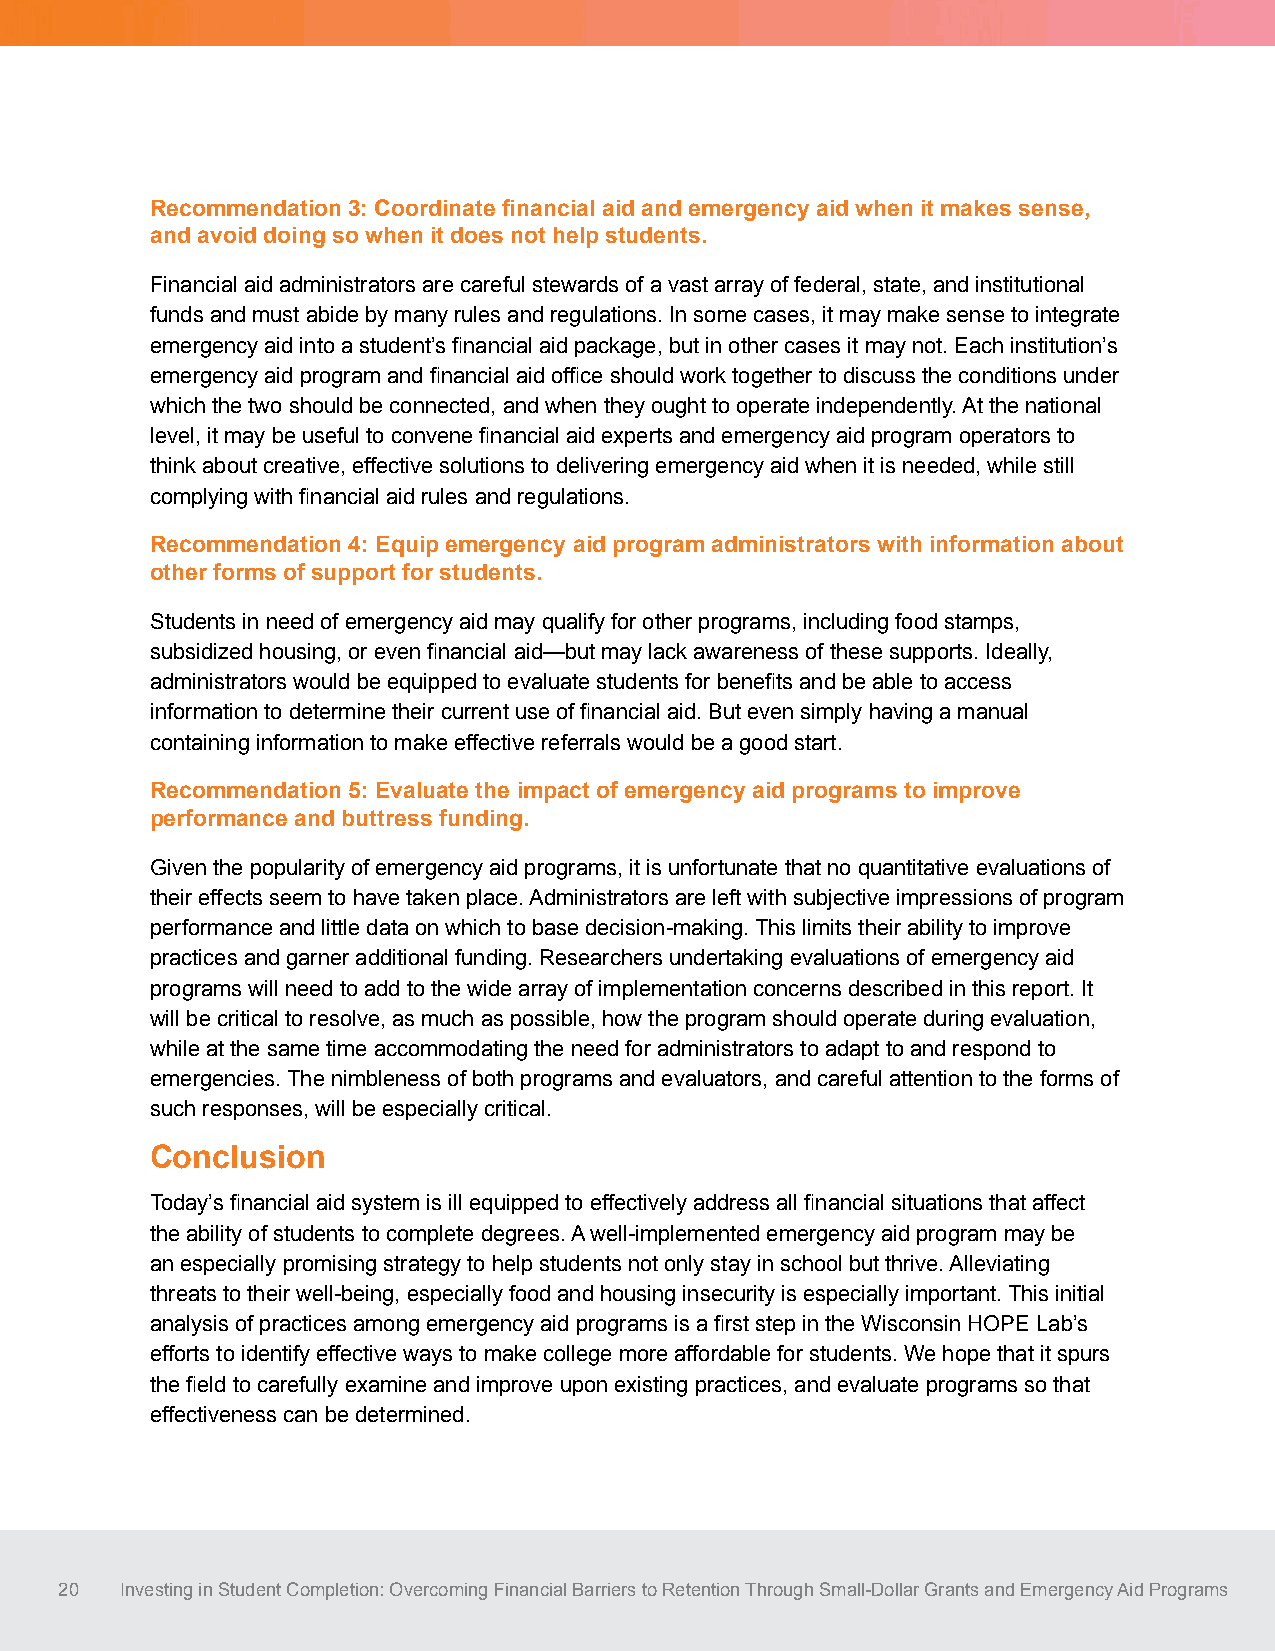
Recommendation 3: Coordinate financial aid and emergency aid when it makes sense,
 and avoid doing so when it does not help students.
 Financial aid administrators are careful stewards of a vast array of federal, state, and institutional
 funds and must abide by many rules and regulations. In some cases, it may make sense to integrate
 emergency aid into a student’s financial aid package, but in other cases it may not. Each institution’s
 emergency aid program and financial aid office should work together to discuss the conditions under
 which the two should be connected, and when they ought to operate independently. At the national
 level, it may be useful to convene financial aid experts and emergency aid program operators to
 think about creative, effective solutions to delivering emergency aid when it is needed, while still
 complying with financial aid rules and regulations.
 Recommendation 4: Equip emergency aid program administrators with information about
 other forms of support for students.
 Students in need of emergency aid may qualify for other programs, including food stamps,
 subsidized housing, or even financial aid—but may lack awareness of these supports. Ideally,
 administrators would be equipped to evaluate students for benefits and be able to access
 information to determine their current use of financial aid. But even simply having a manual
 containing information to make effective referrals would be a good start.
 Recommendation 5: Evaluate the impact of emergency aid programs to improve
 performance and buttress funding.
 Given the popularity of emergency aid programs, it is unfortunate that no quantitative evaluations of
 their effects seem to have taken place. Administrators are left with subjective impressions of program
 performance and little data on which to base decision-making. This limits their ability to improve
 practices and garner additional funding. Researchers undertaking evaluations of emergency aid
 programs will need to add to the wide array of implementation concerns described in this report. It
 will be critical to resolve, as much as possible, how the program should operate during evaluation,
 while at the same time accommodating the need for administrators to adapt to and respond to
 emergencies. The nimbleness of both programs and evaluators, and careful attention to the forms of
 such responses, will be especially critical.
 Conclusion
 Today’s financial aid system is ill equipped to effectively address all financial situations that affect
 the ability of students to complete degrees. A well-implemented emergency aid program may be
 an especially promising strategy to help students not only stay in school but thrive. Alleviating
 threats to their well-being, especially food and housing insecurity is especially important. This initial
 analysis of practices among emergency aid programs is a first step in the Wisconsin HOPE Lab’s
 efforts to identify effective ways to make college more affordable for students. We hope that it spurs
 the field to carefully examine and improve upon existing practices, and evaluate programs so that
 effectiveness can be determined.
 20  Investing in Student Completion: Overcoming Financial Barriers to Retention Through Small-Dollar Grants and Emergency Aid Programs